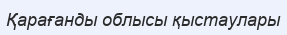
Қарағанды облысы қыстаулары